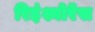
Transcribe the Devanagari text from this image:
रिइंश्योरेंस